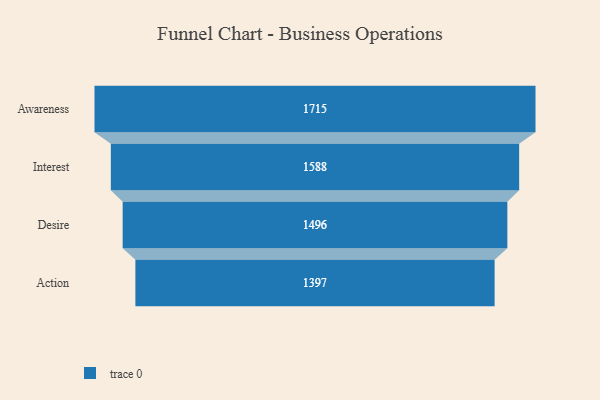
{"axis": {"x": "Stage", "y": "Value"}, "legend": [""], "data": [{"x": "Awareness", "y": 1715.0, "type": ""}, {"x": "Interest", "y": 1588.0, "type": ""}, {"x": "Desire", "y": 1496.0, "type": ""}, {"x": "Action", "y": 1397.0, "type": ""}]}